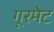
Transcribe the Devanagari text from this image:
गूरमेट